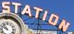
STATION